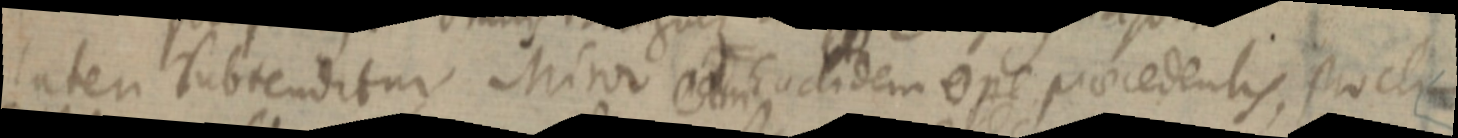
latem subtenditur Minor ad Euclidem ope praecedentis, proclia